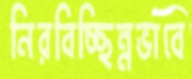
নিরবিচ্ছিন্নভাবে